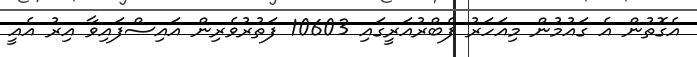
އެގޮތުން އެ ގައުމުން މިއަހަރު ފެބްރުއަރީގައި 10603 ފަތުރުވެރިން އައިސްފައިވާ އިރު އެއީ